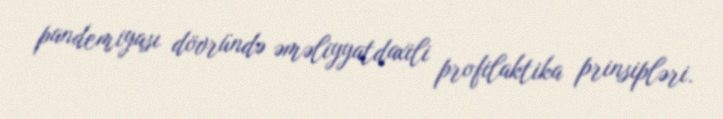
pandemiyası dövründə əməliyyatdaxili profilaktika prinsipləri.